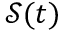
\mathcal { S } ( t )